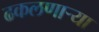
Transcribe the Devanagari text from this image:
ढकलणाऱ्या